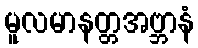
မူလမာနတ္တအဗ္ဘာနံ